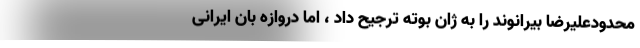
محدودعلیرضا بیرانوند را به ژان بوته ترجیح داد ، اما دروازه بان ایرانی